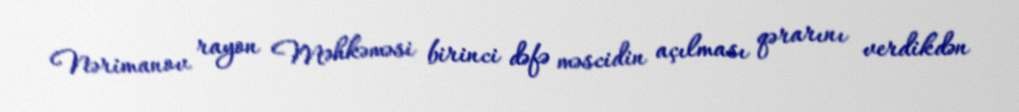
Nərimanov rayon Məhkəməsi birinci dəfə məscidin açılması qərarını verdikdən